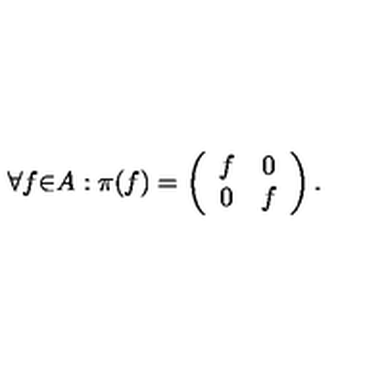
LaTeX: { \forall } f { \in } A : { \pi } ( f ) = \left( \begin{array} { c c } { f } & { 0 } \\ { 0 } & { f } \\ \end{array} \right) .